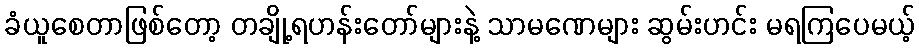
ခံယူစေတာဖြစ်တော့ တချို့ရဟန်းတော်များနဲ့ သာမဏေများ ဆွမ်းဟင်း မရကြပေမယ့်